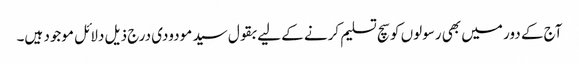
آج کے دور میں بھی رسولوں کو سچ تسلیم کرنے کے لیے بقول سید مودودی درج ذیل دلائل موجود ہیں۔